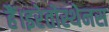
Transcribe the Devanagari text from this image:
हैं।इरेतोस्थेनस